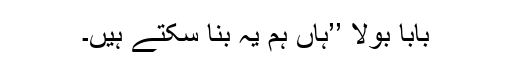
بابا بولا ’’ہاں ہم یہ بنا سکتے ہیں۔